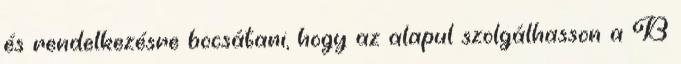
és rendelkezésre bocsátani, hogy az alapul szolgálhasson a B